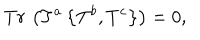
LaTeX: T r \, \left( T ^ { a } \left\{ T ^ { b } , T ^ { c } \right\} \right) = 0 ,